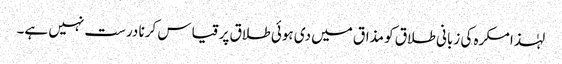
لہٰذا مکرہ کی زبانی طلاق کو مذاق میں دی ہوئی طلاق پر قیاس کرنا درست نہیں ہے۔